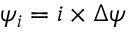
\psi _ { i } = i \times \Delta \psi